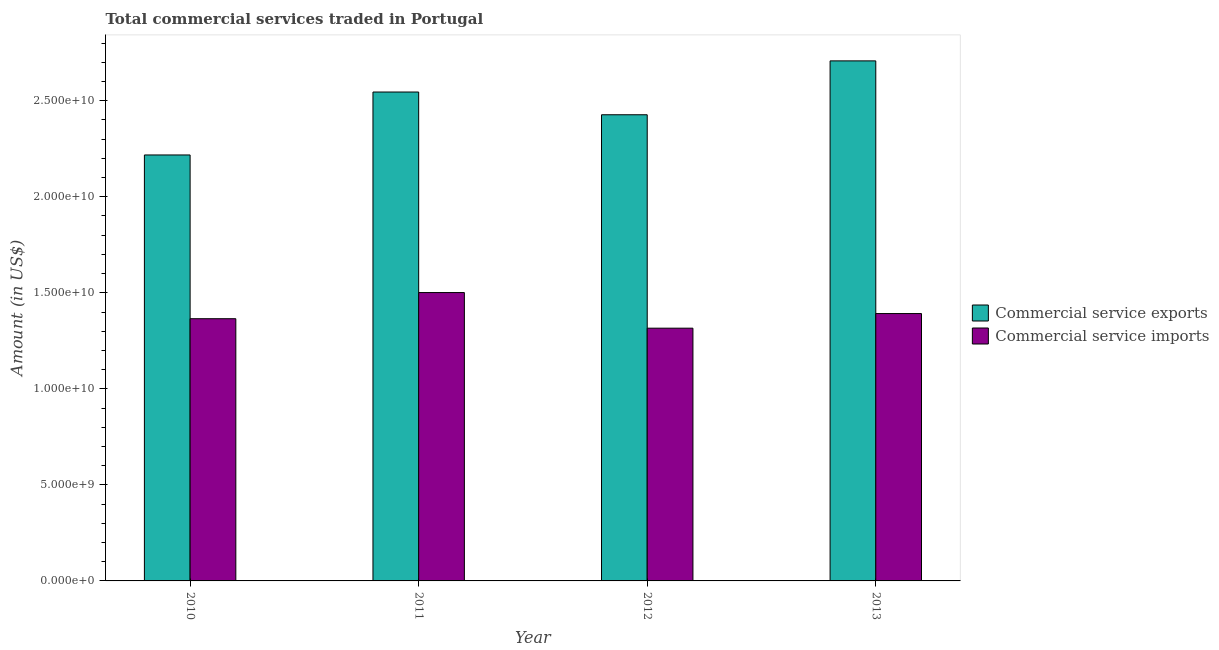
| Year | Commercial service exports | Commercial service imports |
 | --- | --- | --- |
 | 2010 | 2.22e+10 | 1.37e+10 |
 | 2011 | 2.55e+10 | 1.5e+10 |
 | 2012 | 2.43e+10 | 1.32e+10 |
 | 2013 | 2.71e+10 | 1.39e+10 |